Civil Veterinary Department Bengal reports 1923-33 - 1923-1933
Year: 1923
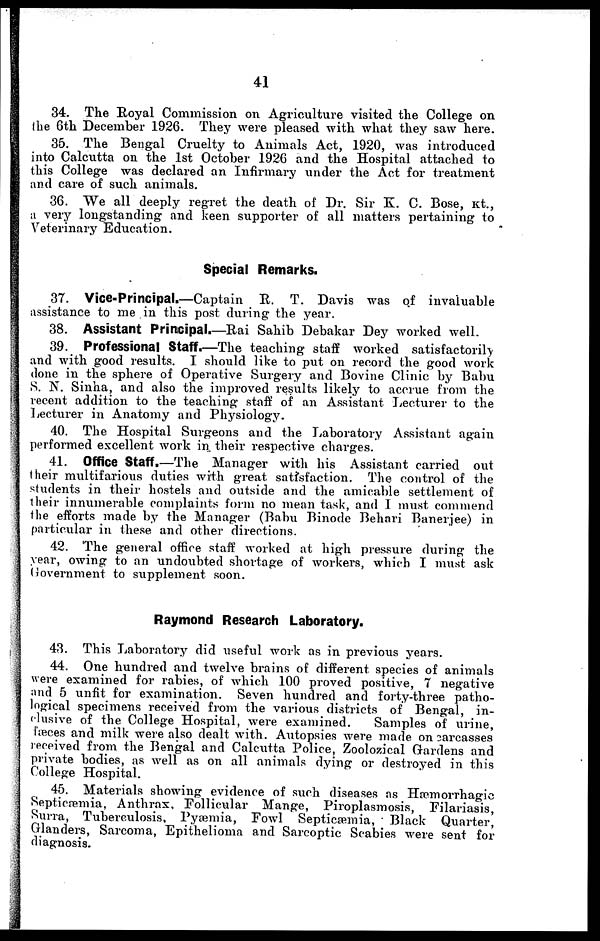
41
34. The Royal Commission on Agriculture visited the College on
the 6th December 1926. They were pleased with what they saw here.
35. The Bengal Cruelty to Animals Act, 1920, was introduced
into Calcutta on the 1st October 1926 and the Hospital attached to
this College was declared an Infirmary under the Act for treatment
and care of such animals.
36. We all deeply regret the death of Dr. Sir K. C. Bose, kt.,
a very longstanding and keen supporter of all matters pertaining to
Veterinary Education.
Special Remarks.
37. Vice-Principal.—Captain R. T. Davis was of invaluable
assistance to me in this post during the year.
38. Assistant Principal.—Rai Sahib Debakar Dey worked well.
39. Professional Staff.—The teaching staff worked satisfactorily
and with good results. I should like to put on record the good work
done in the sphere of Operative Surgery and Bovine Clinic by Babu
S. N. Sinha, and also the improved results likely to accrue from the
recent addition to the teaching staff of an Assistant Lecturer to the
Lecturer in Anatomy and Physiology.
40. The Hospital Surgeons and the Laboratory Assistant again
performed excellent work in their respective charges.
41. Office Staff,—The Manager with his Assistant carried out
their multifarious duties with great satisfaction. The control of the
students in their hostels and outside and the amicable settlement of
their innumerable complaints form no mean task, and I must commend
the efforts made by the Manager (Babu Binode Behari Banerjee) in
particular in these and other directions.
42. 'The general office staff worked at high pressure during the
year, owing to an undoubted shortage of workers, which I must ask
Government to supplement soon.
Raymond Research Laboratory.
43. This Laboratory did useful work as in previous years.
44. One hundred and twelve brains of different species of animals
were examined for rabies, of which 100 proved positive, 7 negative
and 5 unfit for examination. Seven hundred and forty-three patho-
logical specimens received from the various districts of Bengal, in-
clusive of the College Hospital, were examined.
Samples of urine,
fæees and milk were also dealt with. Autopsies were made on carcasses
received from the Bengal and Calcutta Police, Zoolozical Gardens and
private bodies, as well as on all animals dying or destroyed in this
College Hospital.
45. Materials showing evidence of such diseases as Hæmorrhagic
Septicæmia, Anthrax, Follicular Mange, Piroplasmosis, Filariasis,
Surra, Tuberculosis, Pyæmia, Fowl Septicæmia, Black Quarter,
Glanders, Sarcoma, Epithelioma and Sarcoptic Scabies were sent for
diagnosis.